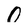
Character: 0